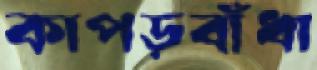
কাপড়বাঁধা